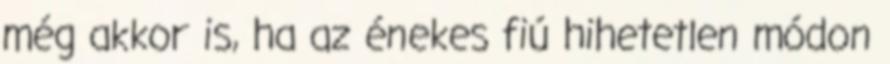
még akkor is, ha az énekes fiú hihetetlen módon